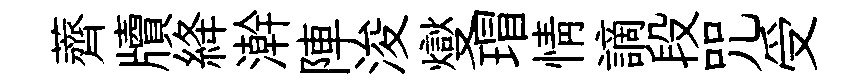
薺牘絳澣陣浚燮瑁情謫段咒受